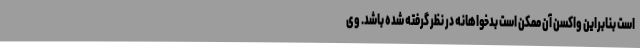
است بنابراین واکسن آن ممکن است بدخواهانه در نظر گرفته شده باشد. وی